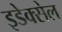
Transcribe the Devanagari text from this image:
इडेक्सेल